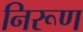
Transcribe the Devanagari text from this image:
निरूण